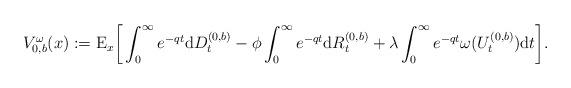
LaTeX: \begin{align*}V^{\omega}_{0,b}(x):=\mathrm{E}_{x}\bigg[\int_0^{\infty}e^{-q t}\mathrm{d}D^{(0,b)}_t-\phi\int_0^{\infty}e^{-q t}\mathrm{d}R^{(0,b)}_t+\lambda\int_{0}^{\infty} e^{-q t}\omega(U^{(0,b)}_{t})\mathrm{d}t\bigg].\end{align*}